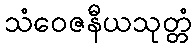
သံဝေဇနီယသုတ္တံ